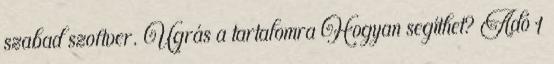
szabad szoftver. Ugrás a tartalomra Hogyan segíthet? Adó 1